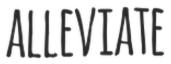
ALLEVIATE